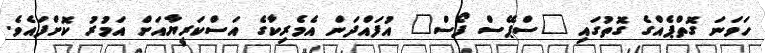
ހަވަނަ ގޮތްޕެއްގެ ގޮތުގައި "ސްޕޭސް ފޯސް" އުފައްދަން އެމެރިކާގެ އަސްކަރީޔާއަށް އަމުރު ކޮށްފައެވެ.